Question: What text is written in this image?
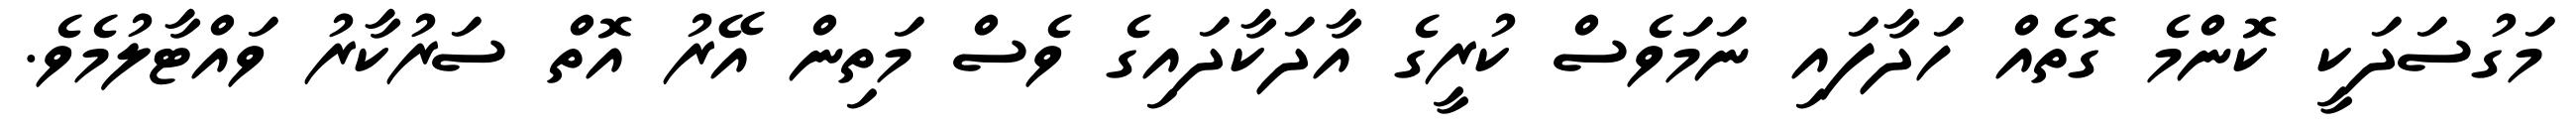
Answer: މަގުސަދަކީ ކޮންމެ ގޮތެއް ހަދާފައި ނަމަވެސް ކުރީގެ އާދަކާދައިގެ ވެސް މަތިން އޭރު އޮތް ސަރުކާރު ވައްޓާލުމެވެ.